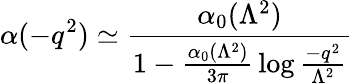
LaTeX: \alpha(-q^{2})\simeq{\frac{\alpha_{0}(\Lambda^{2})}{1-{\frac{\alpha_{0}(\Lambda^{2})}{3\pi}}\log{\frac{-q^{2}}{\Lambda^{2}}}}}